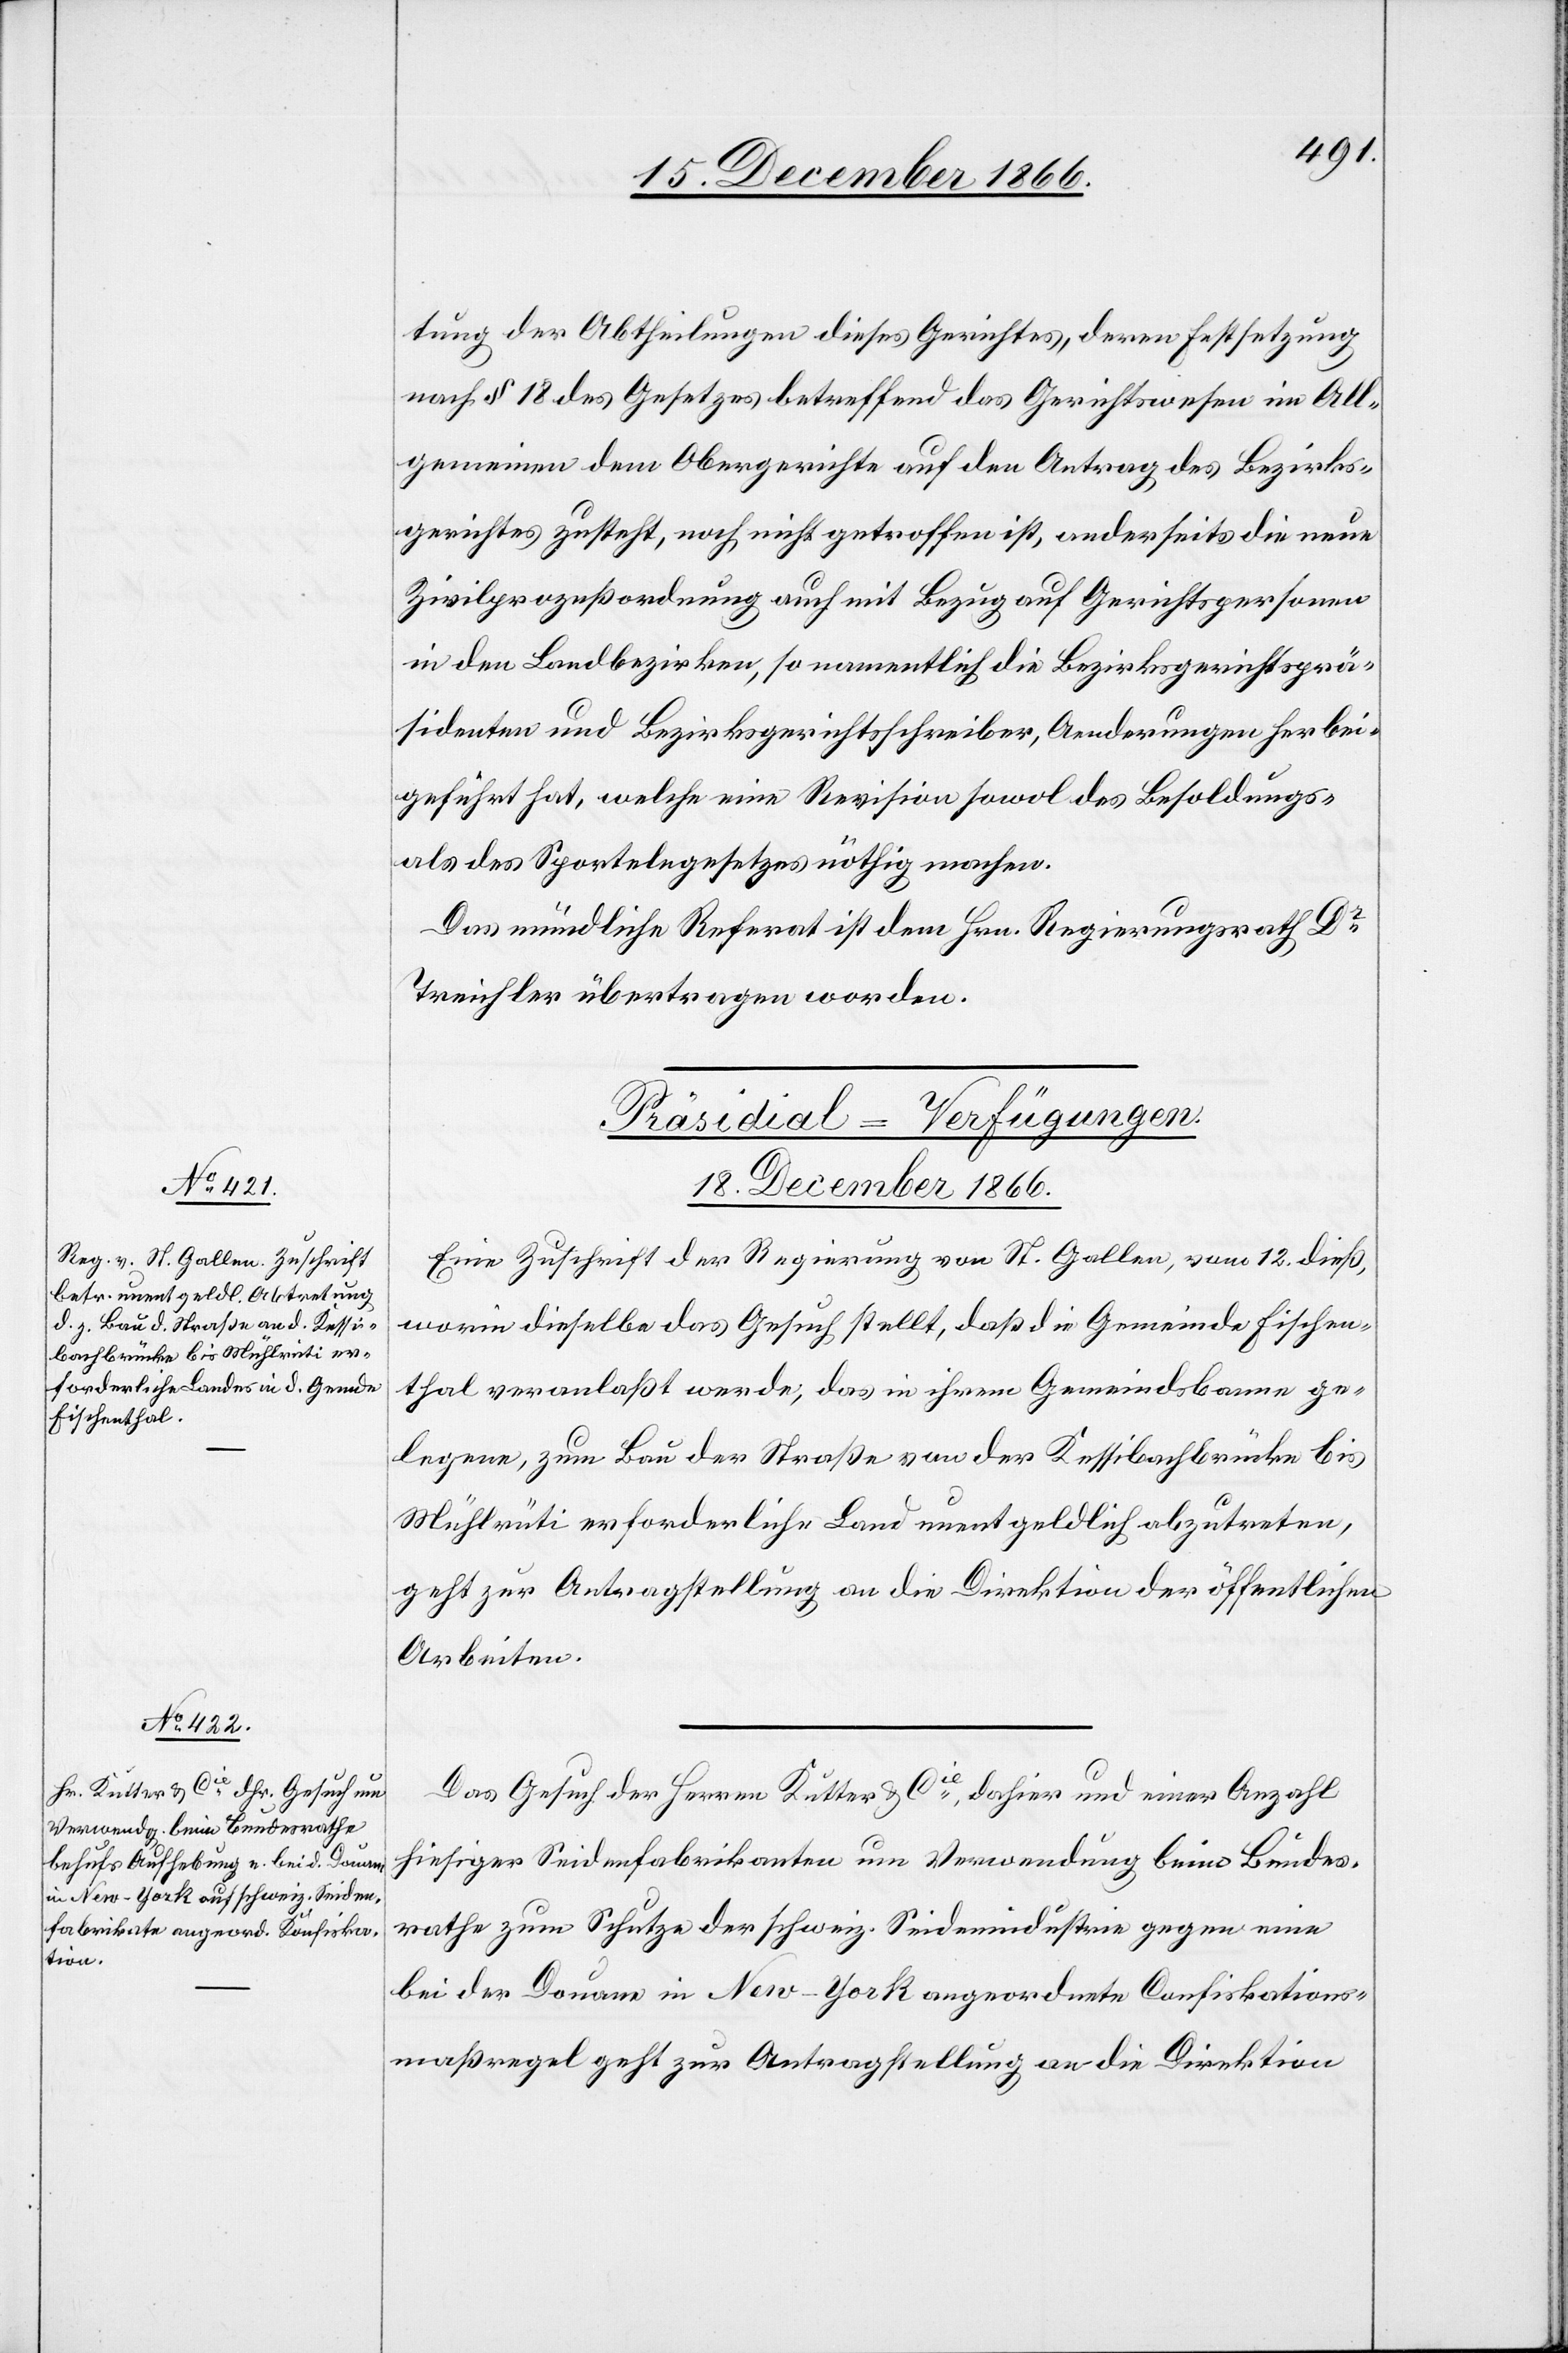
tung der Abtheilungen dieses Gerichtes, deren Festsetzung
nach § 18 des Gesetzes betreffend das Gerichtswesen im All¬
gemeinen dem Obergerichte auf den Antrag des Bezirks¬
gerichtes zusteht, noch nicht getroffen ist, anderseits die neue
Zivilprozeßordnung auch mit Bezug auf Gerichtspersonen
in den Landbezirken, so namentlich die Bezirksgerichtsprä¬
sidenten und Bezirksgerichtsschreiber, Aenderungen herbei¬
geführt hat, welche eine Revision sowol des Besoldungs-
als des Sportelngesetzes nöthig machen.
Das mündlich Referat ist dem Hrn. Regierungsrath Dr.
Treichler übertragen worden.
erfügungen.
[Präsidial-V¬
18. December 1866.]
Eine Zuschrift der Regierung von St. Gallen, vom 12. dieß,
worin dieselbe das Gesuch stellt, daß die Gemeinde Fischen¬
thal veranlaßt werde, das in ihrem Gemeindsbanne ge¬
legene, zum Bau der Straße von der Kessibachbrücke bis
Mühlrüti erforderliche Land unentgeldlich abzutreten,
geht zur Antragstellung an die Direktion der öffentlichen
Arbeiten.
Das Gesuch der Herren Kutter & Cie., dahier und einer Anzahl
hiesiger Seidenfabrikanten um Verwendung beim Bundes¬
rathe zum Schutze der schweiz. Seidenindustrie gegen eine
bei der Douane in New-York angeordnete Confiskations¬
maßregel geht zur Antragstellung an die Direktion